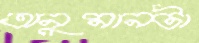
অনুমানটা